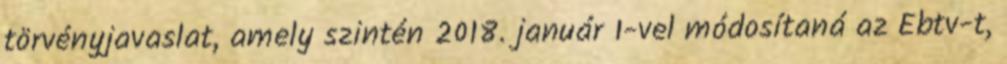
törvényjavaslat, amely szintén 2018. január 1-vel módosítaná az Ebtv-t,